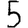
Digit: 5